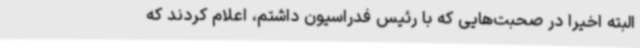
البته اخیرا در صحبت‌هایی که با رئیس فدراسیون داشتم، اعلام کردند که